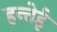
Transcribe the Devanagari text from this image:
हन्तेई